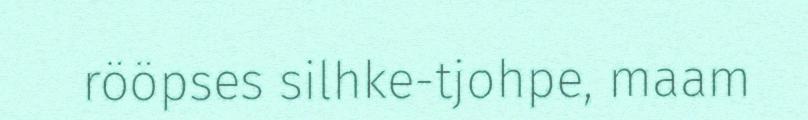
rööpses silhke-tjohpe, maam